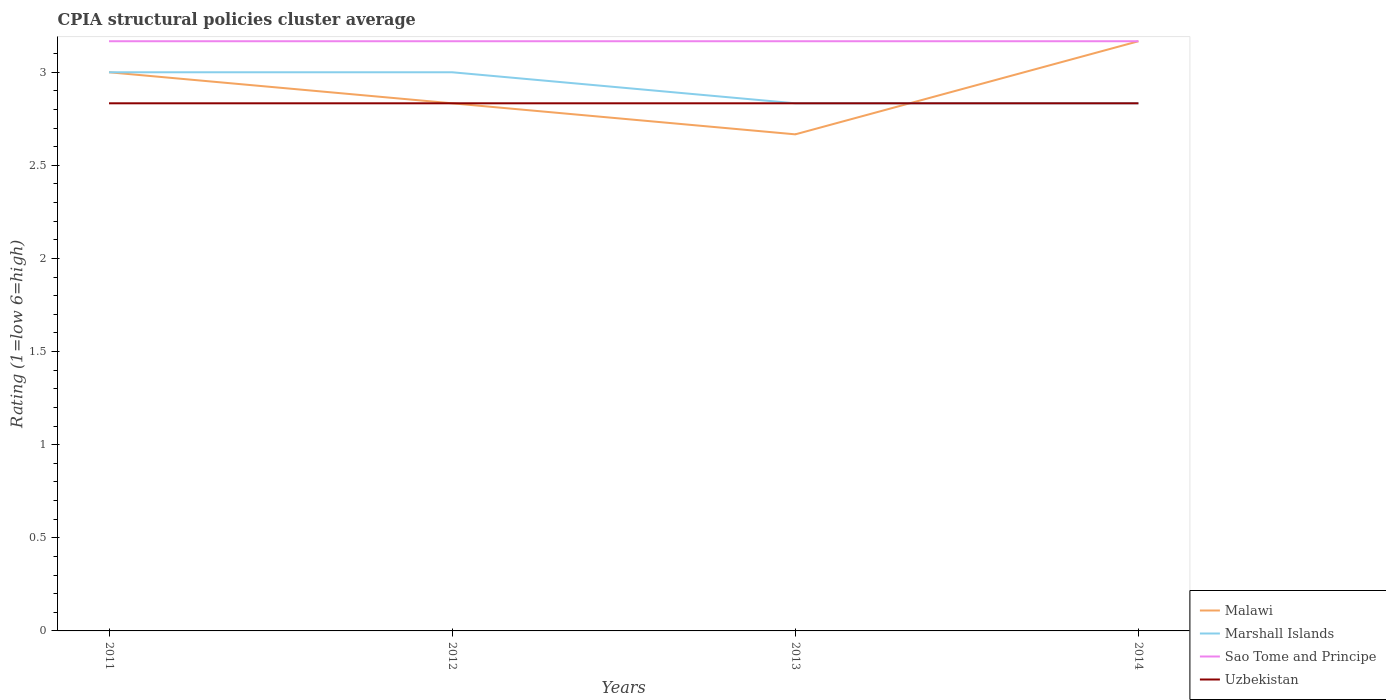
| Years | Malawi | Marshall Islands | Sao Tome and Principe | Uzbekistan |
 | --- | --- | --- | --- | --- |
 | 2011 | 3 | 3 | 3.17 | 2.83 |
 | 2012 | 2.83 | 3 | 3.17 | 2.83 |
 | 2013 | 2.67 | 2.83 | 3.17 | 2.83 |
 | 2014 | 3.17 | 2.83 | 3.17 | 2.83 |